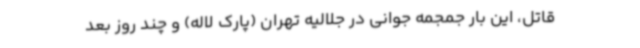
قاتل، این بار جمجمه جوانی در جلالیه تهران (پارک لاله) و چند روز بعد